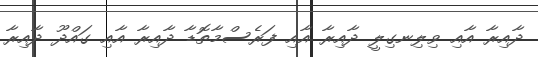
ދާއިރާ އާއި ވިލިނގިލީ ދާއިރާ އާއި ފަރެސްމާތޮޑާ ދާއިރާ އާއި ގައްދޫ ދާއިރާ